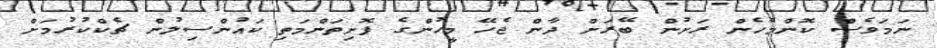
ނަމަވެސް ކޮންމެހެން ރަށުން ބޭރަށް ދާން ޖެހޭ މީހުންގެ ފޮށިތަންމަތި ކައުންސިލުން ޗެކްކުރުމަށް